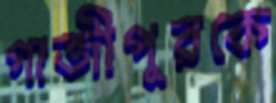
গাজীপুরকে